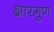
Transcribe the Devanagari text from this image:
क्षारगुण